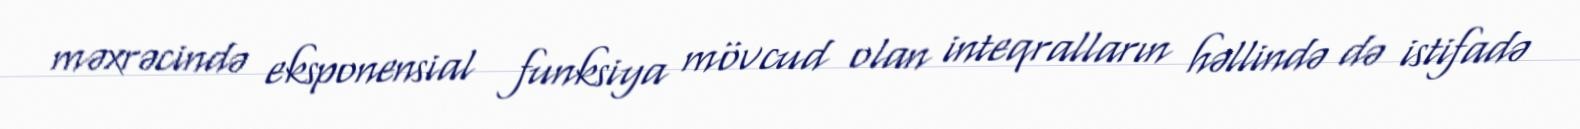
məxrəcində eksponensial funksiya mövcud olan inteqralların həllində də istifadə